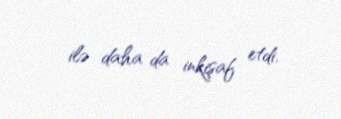
ilə daha da inkişaf etdi.